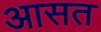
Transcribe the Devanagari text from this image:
आसत